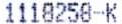
1118258-K